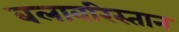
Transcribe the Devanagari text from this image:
बलावरिस्तान